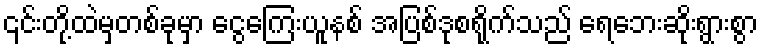
၎င်းတို့ထဲမှတစ်ခုမှာ ငွေကြေးယူနစ် အပြစ်ဒုစရိုက်သည် ရေဘေးဆိုးရွားစွာ